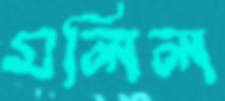
মলিল